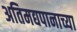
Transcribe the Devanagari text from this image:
अतिमद्यपानाच्या